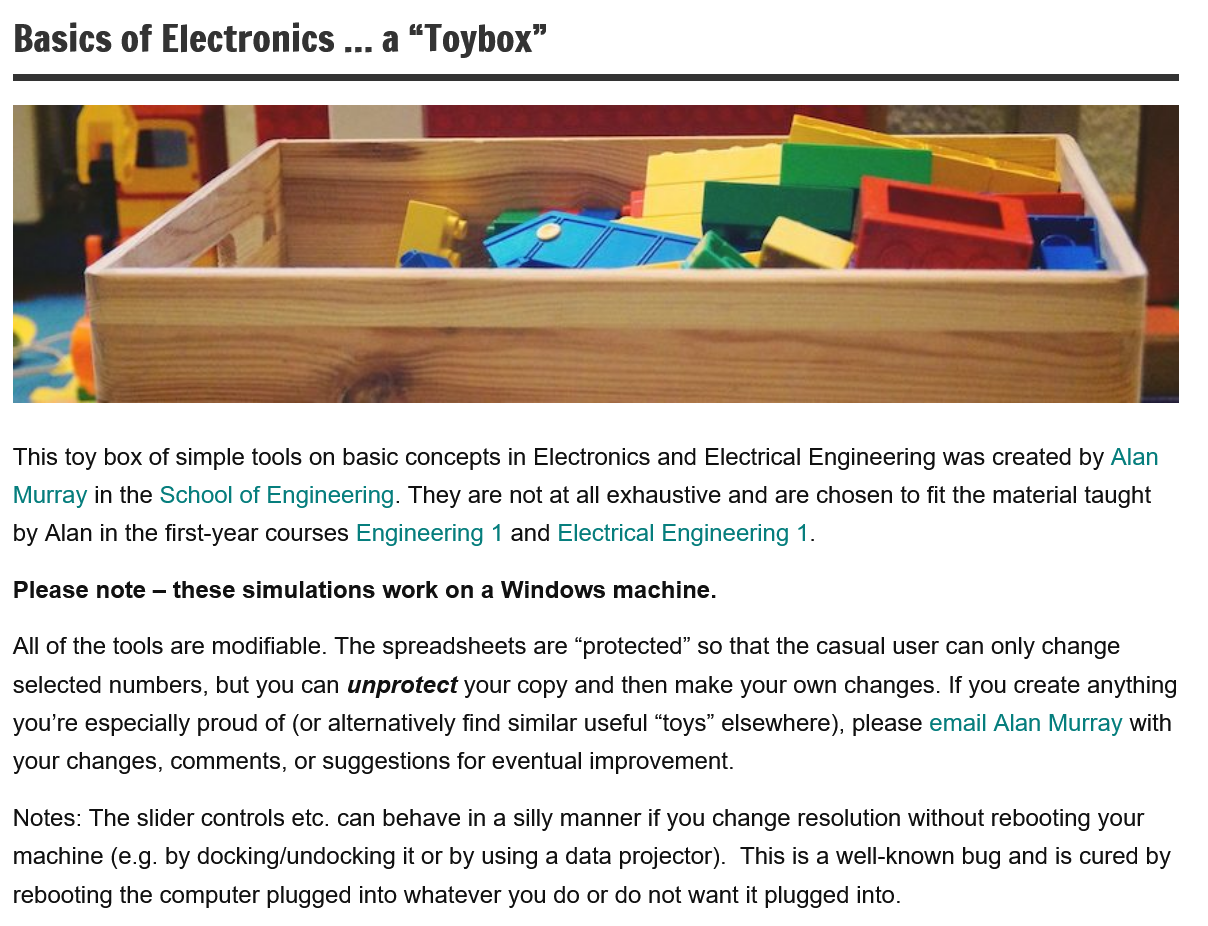
Basics of   Electronics
     ...
     a “Toybox”
  This toy box of simple tools on basic concepts in Electronics and Electrical Engineering was created by Alan
  Murray in the School of Engineering. They are not at all exhaustive and are chosen to fit the material taught
  by Alan in the first-year courses Engineering 1 and Electrical Engineering 1.
  Please note
     —
     these simulations work on a Windows  machine.
  All of the tools are modifiable. The spreadsheets are “protected” so that the casual user can only change
  selected numbers, but you can unprotect your copy and then make your own changes. If you create anything
  you're especially proud of (or alternatively find similar useful “toys” elsewhere), please email Alan Murray with
  your changes, comments, or suggestions for eventual improvement.
  Notes: The slider controls etc. can behave in
  a
     silly manner if you change resolution without rebooting your
  machine (e.g. by docking/undocking it or by using a data projector). This is a well-known bug and is cured by
  rebooting the computer plugged into whatever you do or do not want it plugged into.